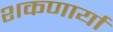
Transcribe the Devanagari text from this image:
शकणार्या